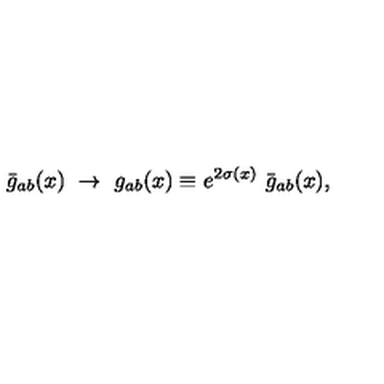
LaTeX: \bar { g } _ { a b } ( x ) \ \rightarrow \ g _ { a b } ( x ) \equiv e ^ { 2 \sigma ( x ) } \ \bar { g } _ { a b } ( x ) ,